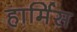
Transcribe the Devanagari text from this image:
हार्मिस